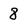
Character: 8